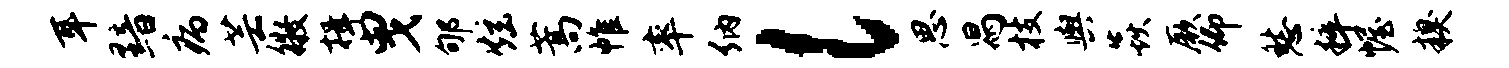
耳黯病芸徵揖曳郇炫蒿帷率纳l思舄枝舆焱厥仰愁粹幄糗